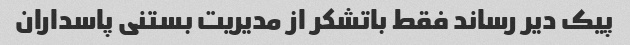
پیک دیر رساند فقط باتشکر از مدیریت بستنی پاسداران